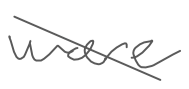
Text: were
Cross-out: diagonal
Writing tool: digital_gray